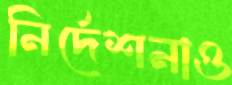
নির্দেশনাও